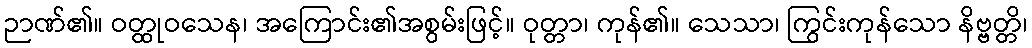
ဉာဏ်၏။ ဝတ္ထုဝသေန၊ အကြောင်း၏အစွမ်းဖြင့်။ ဝုတ္တာ၊ ကုန်၏။ သေသာ၊ ကြွင်းကုန်သော နိဗ္ဗတ္တိ၊